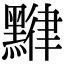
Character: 𪑯